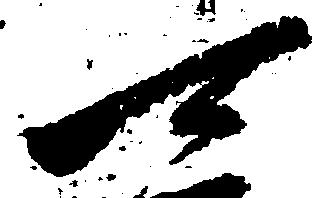
可